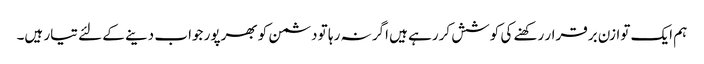
ہم ایک توازن برقرار رکھنے کی کوشش کررہے ہیں اگر نہ رہا تو دشمن کو بھرپور جواب دینے کے لئے تیار ہیں۔